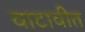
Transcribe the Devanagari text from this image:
वाटावीत